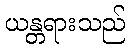
ယန္တရားသည်